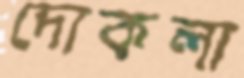
দোকলা